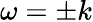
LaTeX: \omega=\pm k